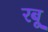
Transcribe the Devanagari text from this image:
रबू